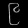
Digit: ၉